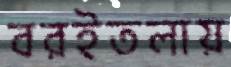
বরইতলায়